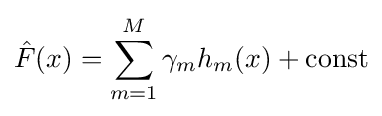
{\hat {F}}(x)=\sum _{m=1}^{M}\gamma _{m}h_{m}(x)+{\mbox{const}}